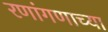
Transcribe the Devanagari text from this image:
रणांगणाच्या